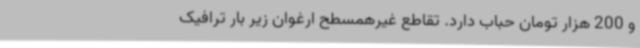
و 200 هزار تومان حباب دارد. تقاطع غیرهمسطح ارغوان زیر بار ترافیک